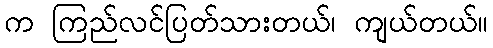
က ကြည်လင်ပြတ်သားတယ်၊ ကျယ်တယ်။